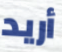
أريد